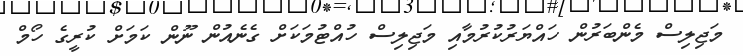
މަޖިލިސް މެންބަރުން ހައްޔަރުކުރުމާއި މަޖިލިސް ހުއްޓުމަކަށް ގެނެއުން ނޫން ކަމަށް ކުރީގެ ހޯމް